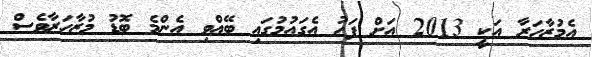
އެމުޒާހަރާ އަކީ 2013 އަށް ފަހު އެގައުމުގައި ބޭއްވި އެންމެ ބޮޑު މުޒާހަރާވެސް